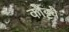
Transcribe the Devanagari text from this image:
कोट्टवै